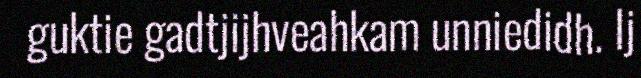
guktie gadtjijhveahkam unniedidh. Ij